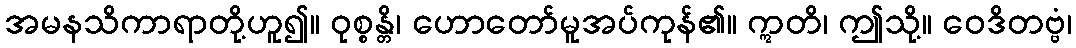
အမနသိကာရာတို့ဟူ၍။ ဝုစ္စန္တိ၊ ဟောတော်မူအပ်ကုန်၏။ ဣတိ၊ ဤသို့။ ဝေဒိတဗ္ဗံ၊